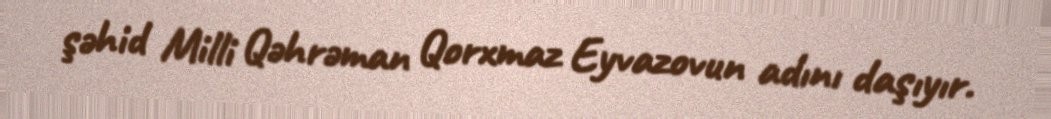
şəhid Milli Qəhrəman Qorxmaz Eyvazovun adını daşıyır.